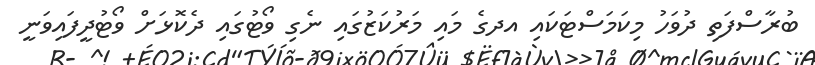
ބުރާސްފަތި ދުވަހު މިކަމަސްޓަކައި އދގެ މައި މަރުކަޒުގައި ނެގި ވޯޓުގައި ދެކޮޅަށް ވޯޓުދީފައިވަނީ